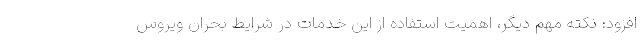
افزود: نکته مهم دیگر، اهمیت استفاده از این خدمات در شرایط بحران ویروس